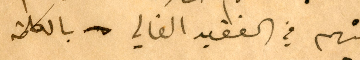
منهم في الفقيد الغالي بالكلمة